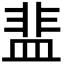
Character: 𬐤